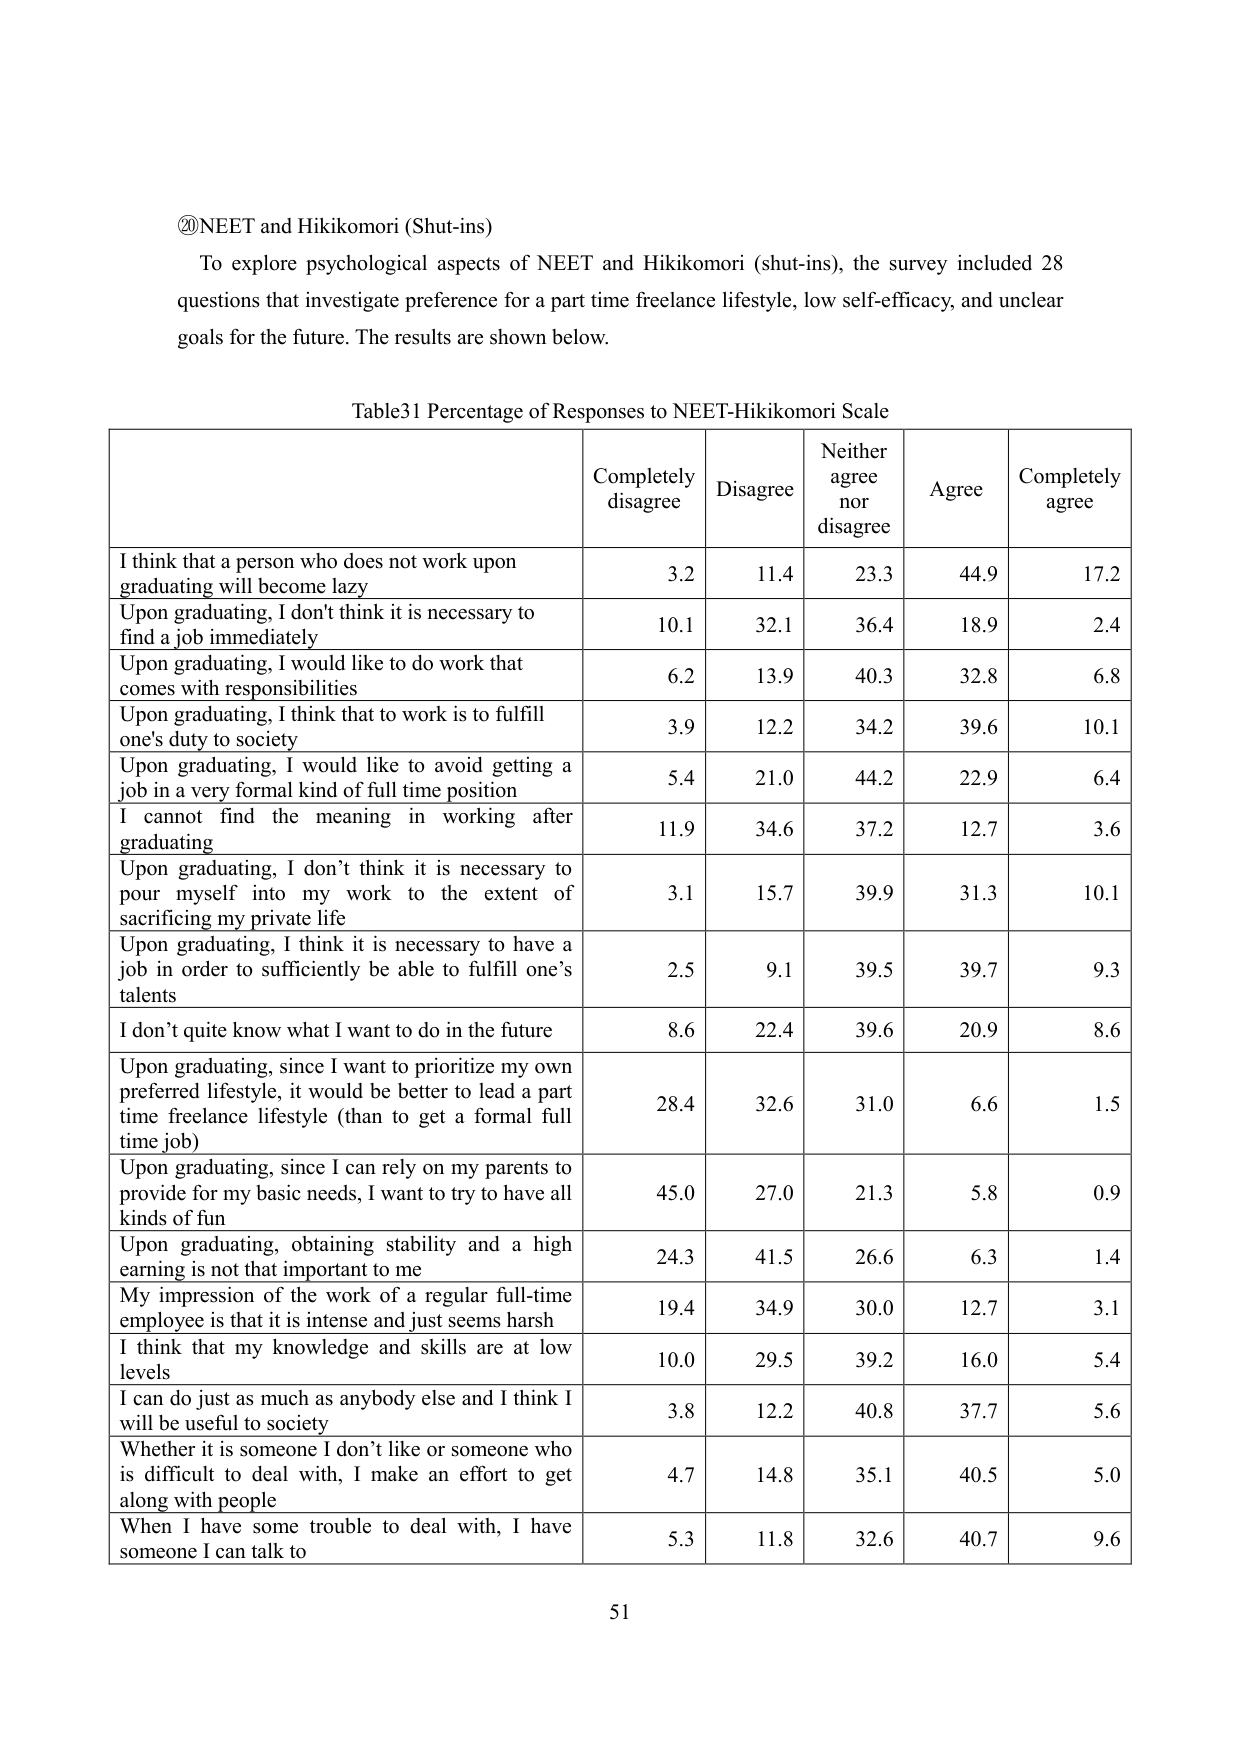
⑳NEET and Hikikomori (Shut-ins)
To explore psychological aspects of NEET and Hikikomori (shut-ins), the survey included 28 questions that investigate preference for a part time freelance lifestyle, low self-efficacy, and unclear goals for the future. The results are shown below.

Table31 Percentage of Responses to NEET-Hikikomori Scale

| | Completely disagree | Disagree | Neither agree nor disagree | Agree | Completely agree |
|---|---|---|---|---|---|
| I think that a person who does not work upon graduating will become lazy | 3.2 | 11.4 | 23.3 | 44.9 | 17.2 |
| Upon graduating, I don't think it is necessary to find a job immediately | 10.1 | 32.1 | 36.4 | 18.9 | 2.4 |
| Upon graduating, I would like to do work that comes with responsibilities | 6.2 | 13.9 | 40.3 | 32.8 | 6.8 |
| Upon graduating, I think that to work is to fulfill one's duty to society | 3.9 | 12.2 | 34.2 | 39.6 | 10.1 |
| Upon graduating, I would like to avoid getting a job in a very formal kind of full time position | 5.4 | 21.0 | 44.2 | 22.9 | 6.4 |
| I cannot find the meaning in working after graduating | 11.9 | 34.6 | 37.2 | 12.7 | 3.6 |
| Upon graduating, I don't think it is necessary to pour myself into my work to the extent of sacrificing my private life | 3.1 | 15.7 | 39.9 | 31.3 | 10.1 |
| Upon graduating, I think it is necessary to have a job in order to sufficiently be able to fulfill one's talents | 2.5 | 9.1 | 39.5 | 39.7 | 9.3 |
| I don't quite know what I want to do in the future | 8.6 | 22.4 | 39.6 | 20.9 | 8.6 |
| Upon graduating, since I want to prioritize my own preferred lifestyle, it would be better to lead a part time freelance lifestyle (than to get a formal full time job) | 28.4 | 32.6 | 31.0 | 6.6 | 1.5 |
| Upon graduating, since I can rely on my parents to provide for my basic needs, I want to try to have all kinds of fun | 45.0 | 27.0 | 21.3 | 5.8 | 0.9 |
| Upon graduating, obtaining stability and a high earning is not that important to me | 24.3 | 41.5 | 26.6 | 6.3 | 1.4 |
| My impression of the work of a regular full-time employee is that it is intense and just seems harsh | 19.4 | 34.9 | 30.0 | 12.7 | 3.1 |
| I think that my knowledge and skills are at low levels | 10.0 | 29.5 | 39.2 | 16.0 | 5.4 |
| I can do just as much as anybody else and I think I will be useful to society | 3.8 | 12.2 | 40.8 | 37.7 | 5.6 |
| Whether it is someone I don't like or someone who is difficult to deal with, I make an effort to get along with people | 4.7 | 14.8 | 35.1 | 40.5 | 5.0 |
| When I have some trouble to deal with, I have someone I can talk to | 5.3 | 11.8 | 32.6 | 40.7 | 9.6 |

51